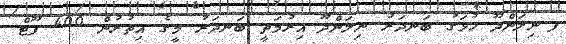
ފ.ނިލަންދޫ ހުޅަގު ބަނދަރު ނިލަންދޫ އިރުމަތީ ބަނދަރު މީގެ އިތުރުން 400 ފޫޓް